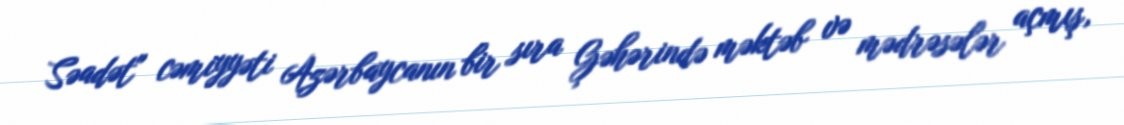
Səadət" cəmiyyəti Azərbaycanın bir sıra Ģəhərində məktəb və mədrəsələr açmış,